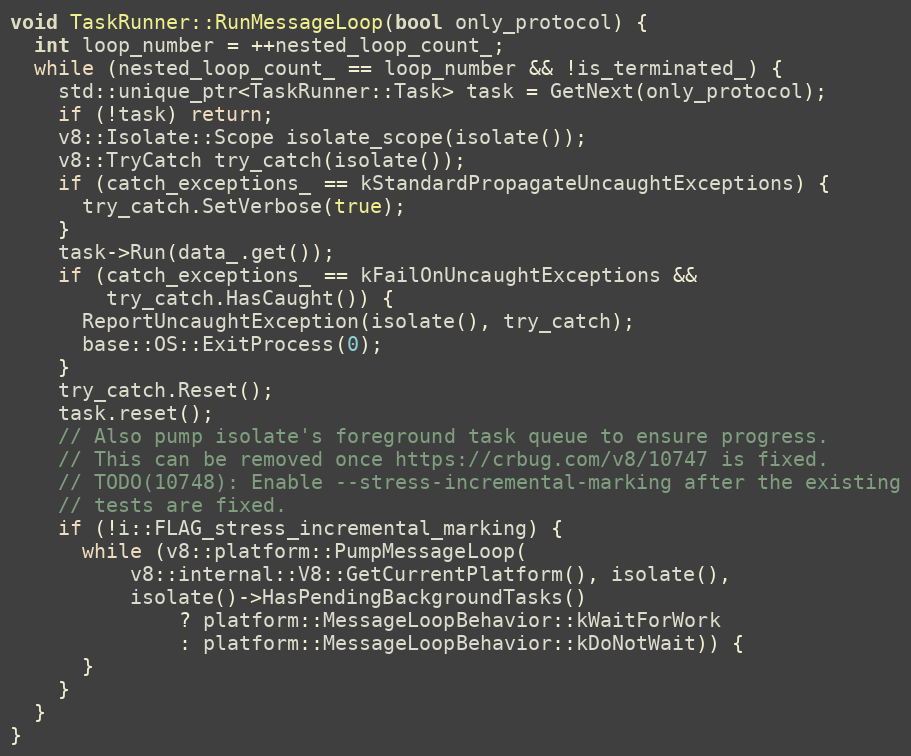
Language: C++
void TaskRunner::RunMessageLoop(bool only_protocol) {
  int loop_number = ++nested_loop_count_;
  while (nested_loop_count_ == loop_number && !is_terminated_) {
    std::unique_ptr<TaskRunner::Task> task = GetNext(only_protocol);
    if (!task) return;
    v8::Isolate::Scope isolate_scope(isolate());
    v8::TryCatch try_catch(isolate());
    if (catch_exceptions_ == kStandardPropagateUncaughtExceptions) {
      try_catch.SetVerbose(true);
    }
    task->Run(data_.get());
    if (catch_exceptions_ == kFailOnUncaughtExceptions &&
        try_catch.HasCaught()) {
      ReportUncaughtException(isolate(), try_catch);
      base::OS::ExitProcess(0);
    }
    try_catch.Reset();
    task.reset();
    // Also pump isolate's foreground task queue to ensure progress.
    // This can be removed once https://crbug.com/v8/10747 is fixed.
    // TODO(10748): Enable --stress-incremental-marking after the existing
    // tests are fixed.
    if (!i::FLAG_stress_incremental_marking) {
      while (v8::platform::PumpMessageLoop(
          v8::internal::V8::GetCurrentPlatform(), isolate(),
          isolate()->HasPendingBackgroundTasks()
              ? platform::MessageLoopBehavior::kWaitForWork
              : platform::MessageLoopBehavior::kDoNotWait)) {
      }
    }
  }
}